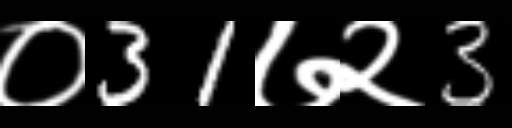
Text: ०31७२3